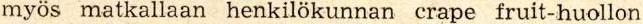
myös matkallaan henkilökunnan crape fruit-huollon